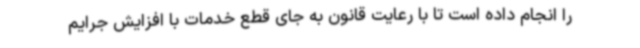
را انجام داده است تا با رعایت قانون به جای قطع خدمات با افزایش جرایم